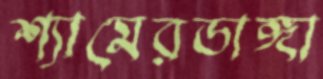
শ্যামেরডাঙ্গা